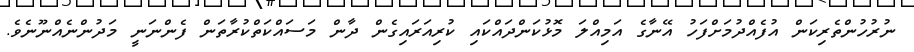
ނުރުހުންތެރިކަން އުފެއްދުމަށްފަހު އޭނާގެ އަމިއްލަ މޮޅުކަންދައްކައި ކުރިއަރައިގެން ދާން މަސައްކަތްކުރާތަން ފެންނަނީ މަދުންނެއްނޫނެވެ.